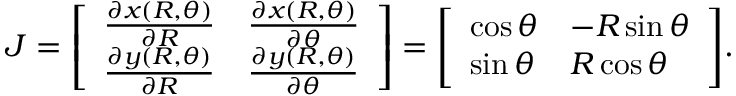
J = { \left[ \begin{array} { l l } { { \frac { \partial x ( R , \theta ) } { \partial R } } } & { { \frac { \partial x ( R , \theta ) } { \partial \theta } } } \\ { { \frac { \partial y ( R , \theta ) } { \partial R } } } & { { \frac { \partial y ( R , \theta ) } { \partial \theta } } } \end{array} \right] } = { \left[ \begin{array} { l l } { \cos \theta } & { - R \sin \theta } \\ { \sin \theta } & { R \cos \theta } \end{array} \right] } .